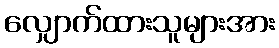
လျှောက်ထားသူများအား